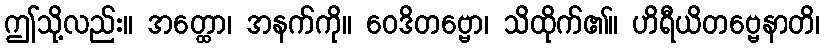
ဤသို့လည်း။ အတ္ထော၊ အနက်ကို။ ဝေဒိတဗ္ဗော၊ သိထိုက်၏။ ဟိရီယိတဗ္ဗေနာတိ၊